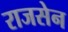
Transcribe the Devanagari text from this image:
राजसेन